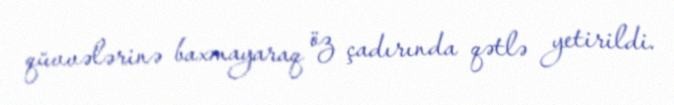
qüvvələrinə baxmayaraq öz çadırında qətlə yetirildi.